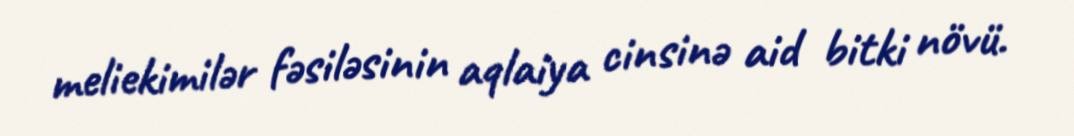
meliekimilər fəsiləsinin aqlaiya cinsinə aid bitki növü.